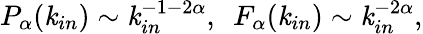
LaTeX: P_{\alpha}(\mathit{k}_{in})\sim\mathit{k}_{in}^{-1-2\alpha},\ \ F_{\alpha}(\mathit{k}_{in})\sim\mathit{k}_{in}^{-2\alpha},